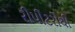
રીપીટરોથી